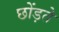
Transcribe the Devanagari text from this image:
छोंड़ते